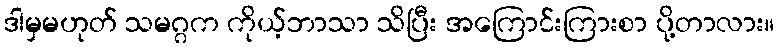
ဒါမှမဟုတ် သမဂ္ဂက ကိုယ့်ဘာသာ သိပြီး အကြောင်းကြားစာ ပို့တာလား။